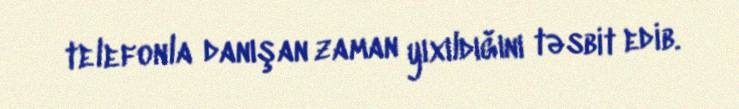
telefonla danışan zaman yıxıldığını təsbit edib.